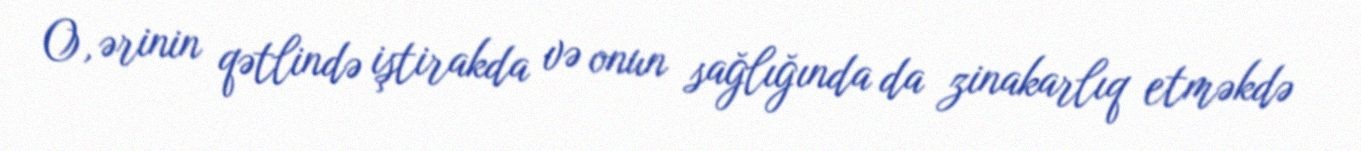
O, ərinin qətlində iştirakda və onun sağlığında da zinakarlıq etməkdə